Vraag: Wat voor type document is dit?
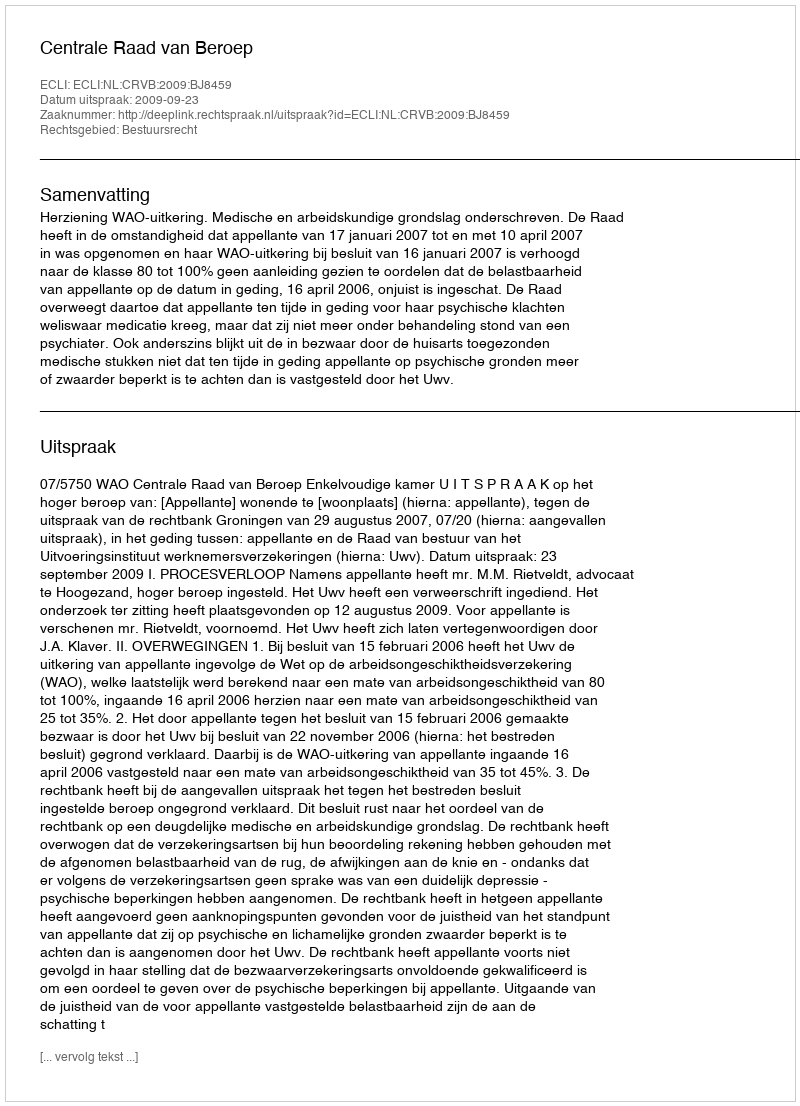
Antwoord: Uitspraak